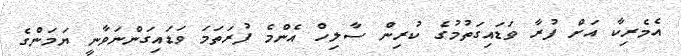
އެމެރިކާ އަށް ފުރާ ވަޑައިގަތުމުގެ ކުރިން ސާލިހް އެންމެ ފުރަތަމަ ވަޑައިގަންނަވާނީ ޔަމަންގެ